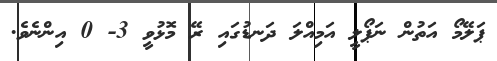
ޕަލޭމޯ އަތުން ނަޕޯލީ އަމިއްލަ ދަނޑުގައި ރޭ މޮޅުވީ 3- 0 އިންނެވެ.